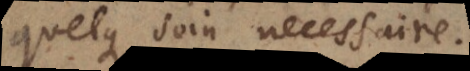
quelque soin necessaire.